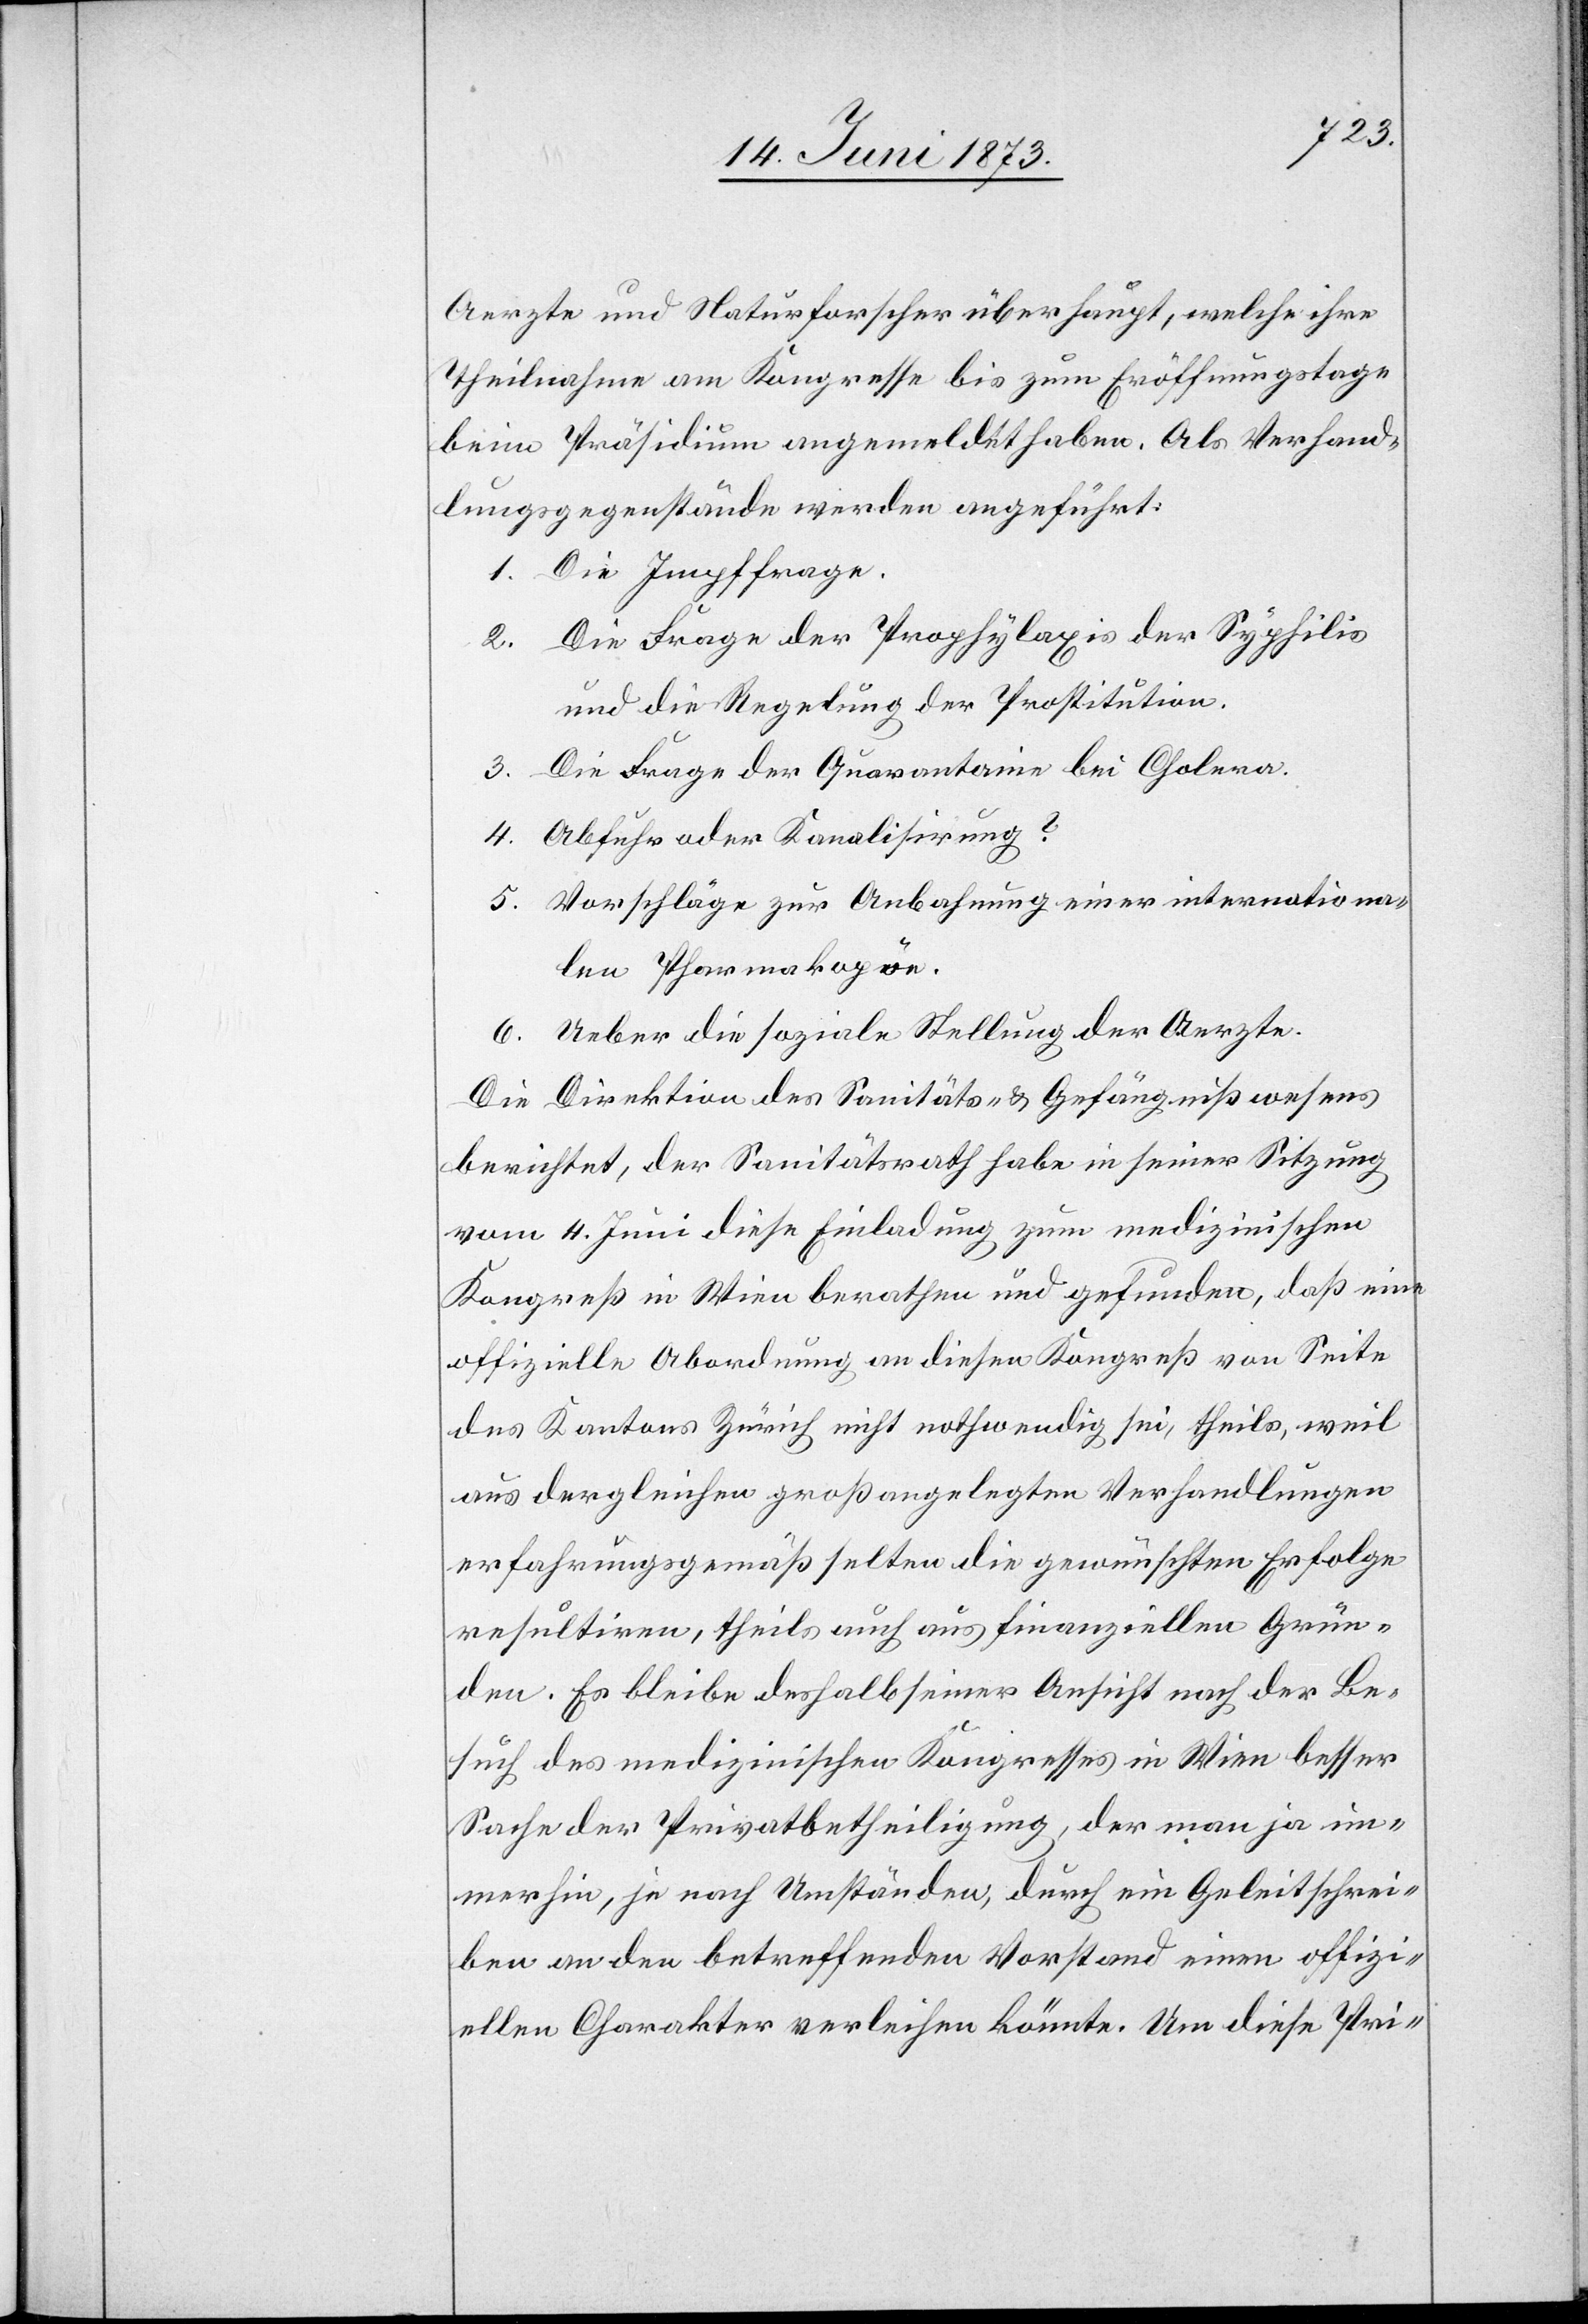
Aerzte und Naturforscher überhaupt, welche ihre
Theilnahme am Kongresse bis zum Eröffnungstage
beim Präsidium angemeldet haben. Als Verhand¬
lungsgegenstände werden angeführt:
Die Impffrage.
Die Frage der Prophylaxis der Syphilis
und die Regelung der Prostitution.
Die Frage der Quarantaine bei Cholera.
Abfuhr oder Kanalisirung?
Vorschläge zur Anbahnung einer internationa¬
len Pharmakopöe.
Ueber die soziale Stellung der Aerzte.
Die Direktion des Sanitäts- & Gefängnißwesens
berichtet, der Sanitätsrath habe in seiner Sitzung
vom 4. Juni diese Einladung zum medizinischen
Kongreß in Wien berathen und gefunden, daß eine
offizielle Abordnung an diesen Kongreß von Seite
des Kantons Zürich nicht nothwendig sei, theils, weil
aus dergleichen groß angelegten Verhandlungen
erfahrungsgemäß selten die gewünschten Erfolge
resultiren, theils auch aus finanziellen Grün¬
den. Es bleibe deshalb seiner Ansicht nach der Be¬
such des medizinischen Kongresses in Wien besser
Sache der Privatbetheiligung, der man ja im¬
merhin, je nach Umständen, durch ein Geleitschrei¬
ben an den betreffenden Vorstand einen offizi¬
ellen Charakter verleihen könnte. Um diese Pri-